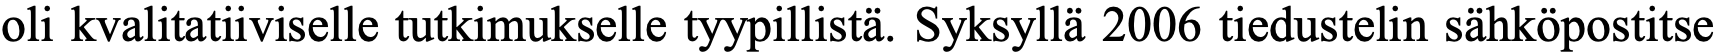
oli kvalitatiiviselle tutkimukselle tyypillistä. Syksyllä 2006 tiedustelin sähköpostitse